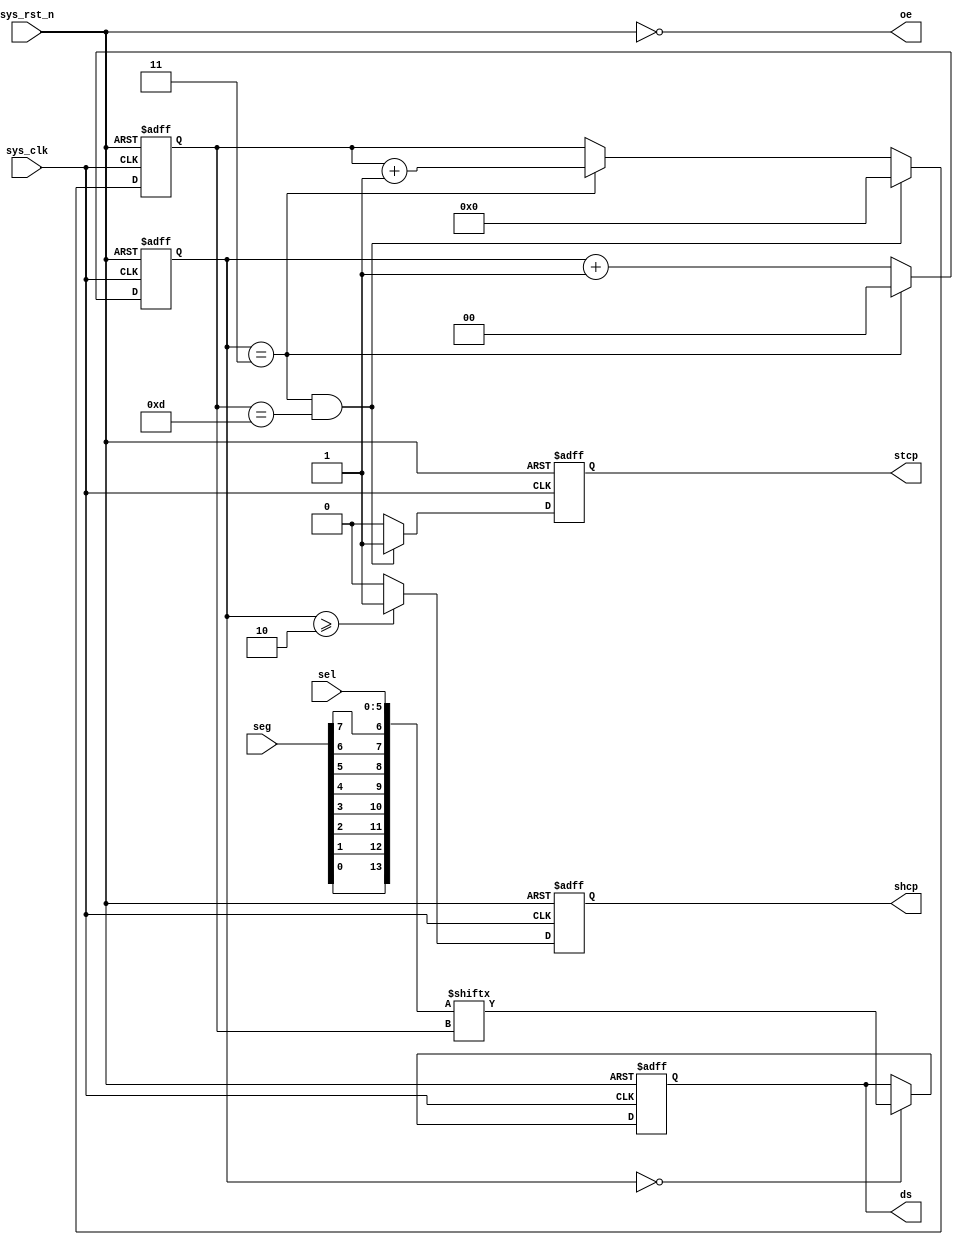
`timescale  1ns/1ns
////////////////////////////////////////////////////////////////////////
// Module Name   : hc595_ctrl
// Project Name  : seg_595_static
// Target Devices: Altera EP4CE10F17C8N
// Tool Versions : Quartus 13.0
// Description   : 595
//
// Revision      : V1.0
// Additional Comments:
// 
// : _Pro_FPGA
//     : http://www.embedfire.com
//     : http://www.firebbs.cn
//     : https://fire-stm32.taobao.com
////////////////////////////////////////////////////////////////////////
module  hc595_ctrl
(
    input   wire            sys_clk     ,   //50MHz
    input   wire            sys_rst_n   ,   //
    input   wire    [5:0]   sel         ,   //
    input   wire    [7:0]   seg         ,   //
    
    output  reg             stcp        ,   //
    output  reg             shcp        ,   //
    output  reg             ds          ,   //
    output  wire            oe              //
);

//********************************************************************//
//****************** Parameter and Internal Signal *******************//
//********************************************************************//
//reg   define
reg     [1:0]   cnt_4   ;   //
reg     [3:0]   cnt_bit ;   //

//wire  define
wire    [13:0]  data    ;   //

//********************************************************************//
//***************************** Main Code ****************************//
//********************************************************************//

//
assign  data = {seg[0],seg[1],seg[2],seg[3],seg[4],seg[5],seg[6],seg[7],sel};

//
assign oe = ~sys_rst_n;

//:0~3
always@(posedge sys_clk or  negedge sys_rst_n)
    if(sys_rst_n == 1'b0)
        cnt_4 <=  2'd0;
    else    if(cnt_4 == 2'd3)
        cnt_4 <=  2'd0;
    else
        cnt_4 <=  cnt_4 +   1'b1;

//cnt_bit:
always@(posedge sys_clk or  negedge sys_rst_n)
    if(sys_rst_n == 1'b0)
        cnt_bit   <=  4'd0;
    else    if(cnt_4 == 2'd3 && cnt_bit == 4'd13)
        cnt_bit   <=  4'd0;
    else    if(cnt_4  ==  2'd3)
        cnt_bit   <=  cnt_bit   +   1'b1;
    else
        cnt_bit   <=  cnt_bit;

//stcp:14
always@(posedge sys_clk or  negedge sys_rst_n)
    if(sys_rst_n == 1'b0)
        stcp    <=  1'b0;
    else    if(cnt_bit == 4'd13 && cnt_4 == 2'd3)
        stcp    <=  1'b1;
    else
        stcp    <=  1'b0;

//shcp:
always@(posedge sys_clk or  negedge sys_rst_n)
    if(sys_rst_n == 1'b0)
        shcp    <=  1'b0;
    else    if(cnt_4 >= 4'd2)
        shcp    <=  1'b1;
    else
        shcp    <=  1'b0;

//ds:
always@(posedge sys_clk or  negedge sys_rst_n)
    if(sys_rst_n == 1'b0)
        ds  <=  1'b0;
    else    if(cnt_4 == 2'd0)
        ds  <=  data[cnt_bit];
    else
        ds  <=  ds;

endmodule